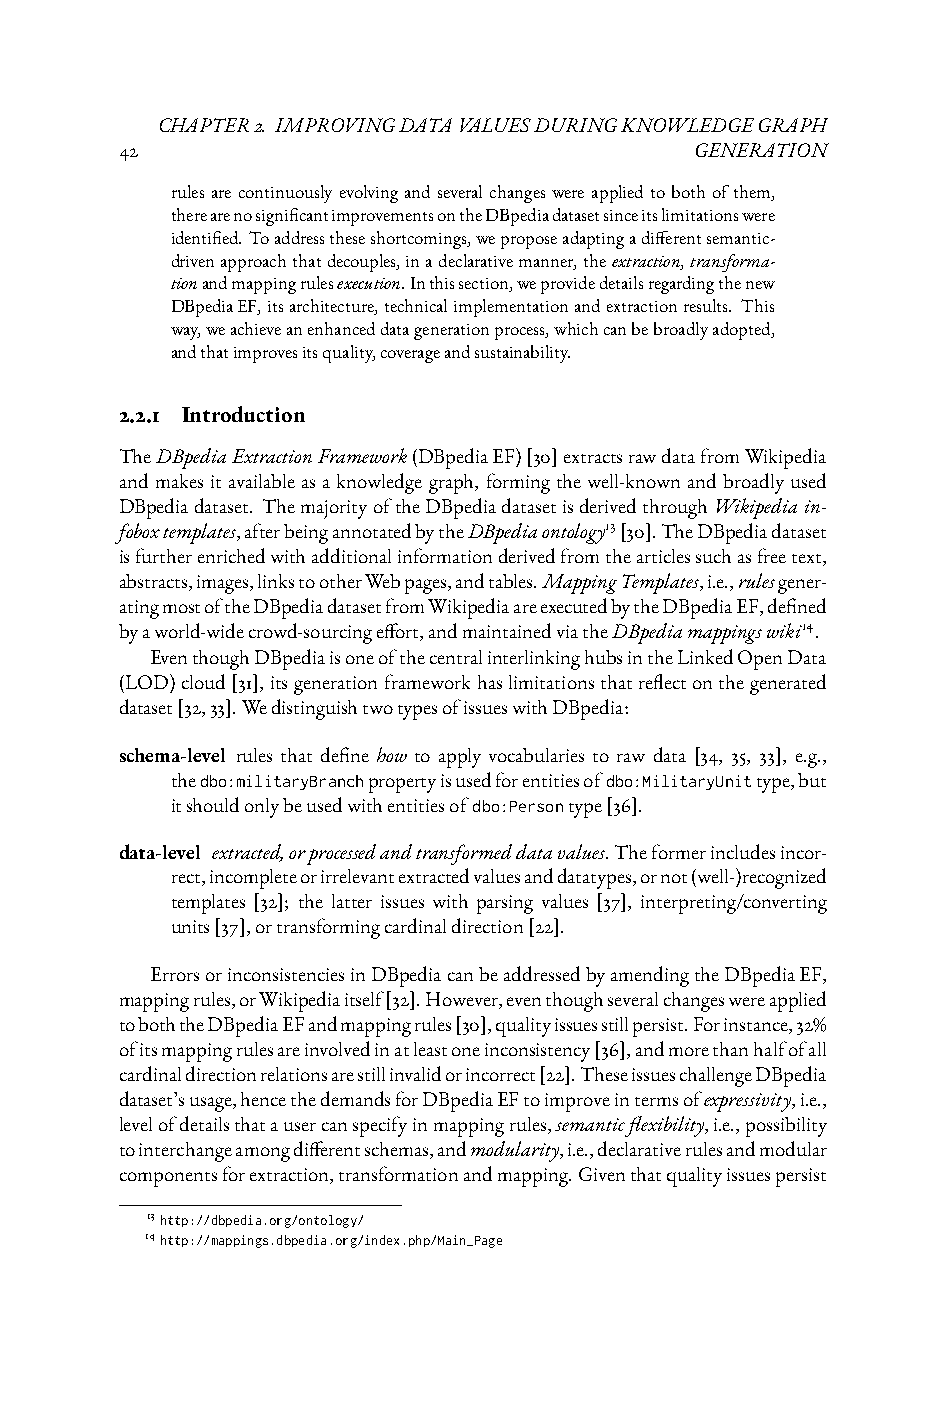
CHAPTER2. IMPROVINGDATAVALUESDURINGKNOWLEDGEGRAPH
 42                                    GENERATION
 rulesarecontinuouslyevolvingandseveralchangeswereappliedtobothofthem,
 therearenosignificantimprovementsontheDBpediadatasetsinceitslimitationswere
 identified. Toaddresstheseshortcomings,weproposeadaptingadifferentsemantic-
 drivenapproachthatdecouples,inadeclarativemanner,theextraction,transforma-
 tionandmappingrulesexecution.Inthissection,weprovidedetailsregardingthenew
 DBpediaEF,itsarchitecture,technicalimplementationandextractionresults. This
 way,weachieveanenhanceddatagenerationprocess,whichcanbebroadlyadopted,
 andthatimprovesitsquality,coverageandsustainability.
 2.2.1 Introduction
 TheDBpediaExtractionFramework(DBpediaEF)[30]extractsrawdatafromWikipedia
 and makes it available as a knowledge graph, forming the well-known and broadly used
 DBpediadataset. ThemajorityoftheDBpediadatasetisderivedthroughWikipediain-
 foboxtemplates,afterbeingannotatedbytheDBpediaontology13[30].TheDBpediadataset
 isfurtherenrichedwithadditionalinformationderivedfromthearticlessuchasfreetext,
 abstracts,images,linkstootherWebpages,andtables.MappingTemplates,i.e.,rulesgener-
 atingmostoftheDBpediadatasetfromWikipediaareexecutedbytheDBpediaEF,defined
 byaworld-widecrowd-sourcingeffort,andmaintainedviatheDBpediamappingswiki14.
 EventhoughDBpediaisoneofthecentralinterlinkinghubsintheLinkedOpenData
 (LOD)cloud[31],itsgenerationframeworkhaslimitationsthatreflectonthegenerated
 dataset[32,33].WedistinguishtwotypesofissueswithDBpedia:
 schema-level rules that define how to apply vocabularies to raw data [34, 35, 33], e.g.,
 thedbo:militaryBranchpropertyisusedforentitiesofdbo:MilitaryUnittype,but
 itshouldonlybeusedwithentitiesof dbo:Persontype[36].
 data-level extracted,orprocessedandtransformeddatavalues.Theformerincludesincor-
 rect,incompleteorirrelevantextractedvaluesanddatatypes,ornot(well-)recognized
 templates [32]; the latter issues with parsing values [37], interpreting/converting
 units[37],ortransformingcardinaldirection[22].
 ErrorsorinconsistenciesinDBpediacanbeaddressedbyamendingtheDBpediaEF,
 mappingrules,orWikipediaitself[32].However,eventhoughseveralchangeswereapplied
 toboththeDBpediaEFandmappingrules[30],qualityissuesstillpersist.Forinstance,32%
 ofitsmappingrulesareinvolvedinatleastoneinconsistency[36],andmorethanhalfofall
 cardinaldirectionrelationsarestillinvalidorincorrect[22].TheseissueschallengeDBpedia
 dataset’susage,hencethedemandsforDBpediaEFtoimproveintermsofexpressivity,i.e.,
 levelofdetailsthatausercanspecifyinmappingrules,semanticflexibility,i.e.,possibility
 tointerchangeamongdifferentschemas,andmodularity,i.e.,declarativerulesandmodular
 componentsforextraction,transformationandmapping.Giventhatqualityissuespersist
 13http://dbpedia.org/ontology/
 14http://mappings.dbpedia.org/index.php/Main_Page